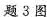
题3图